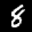
Label: 8